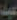
عبد